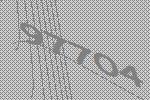
97704